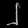
Digit: ၂